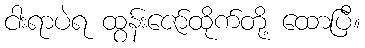
ငါးရာပဲရ ထွန်းဇော်ထိုက်တို့ ထောပြီ။